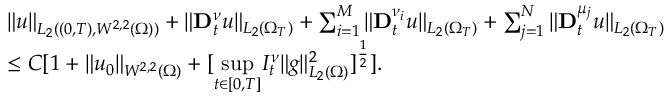
\begin{array} { r l } & { \| u \| _ { L _ { 2 } ( ( 0 , T ) , W ^ { 2 , 2 } ( \Omega ) ) } + \| \mathbf { D } _ { t } ^ { \nu } u \| _ { L _ { 2 } ( \Omega _ { T } ) } + \sum _ { i = 1 } ^ { M } \| \mathbf { D } _ { t } ^ { \nu _ { i } } u \| _ { L _ { 2 } ( \Omega _ { T } ) } + \sum _ { j = 1 } ^ { N } \| \mathbf { D } _ { t } ^ { \mu _ { j } } u \| _ { L _ { 2 } ( \Omega _ { T } ) } } \\ & { \leq C [ 1 + \| u _ { 0 } \| _ { W ^ { 2 , 2 } ( \Omega ) } + [ \underset { t \in [ 0 , T ] } { \operatorname* { s u p } } I _ { t } ^ { \nu } \| g \| _ { L _ { 2 } ( \Omega ) } ^ { 2 } ] ^ { \frac { 1 } { 2 } } ] . } \end{array}